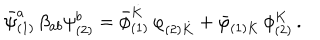
{ { \bar { \psi } } _ { ( 1 ) } ^ { a } } \, \beta _ { a b } \psi _ { ( 2 ) } ^ { b } = { { \bar { \phi } } _ { ( 1 ) } ^ { \dot { K } } } \, \varphi _ { ( 2 ) { \dot { K } } } + { { \bar { \varphi } } _ { ( 1 ) K } } \, \phi _ { ( 2 ) } ^ { K } \, .